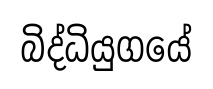
බිද්ධියුගයේ